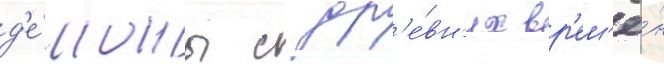
д'е́моны с др'е́вн'их вр'ем'ё́н